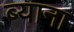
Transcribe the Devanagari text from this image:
ब्याना